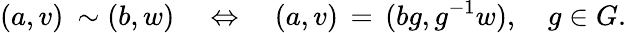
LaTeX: (a,v)\: \sim(b,w)\quad\Leftrightarrow\quad(a,v)\, =\, (bg,g^{-1}w),\quad g\in G.